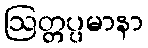
ဩတ္တပ္ပမာနာ